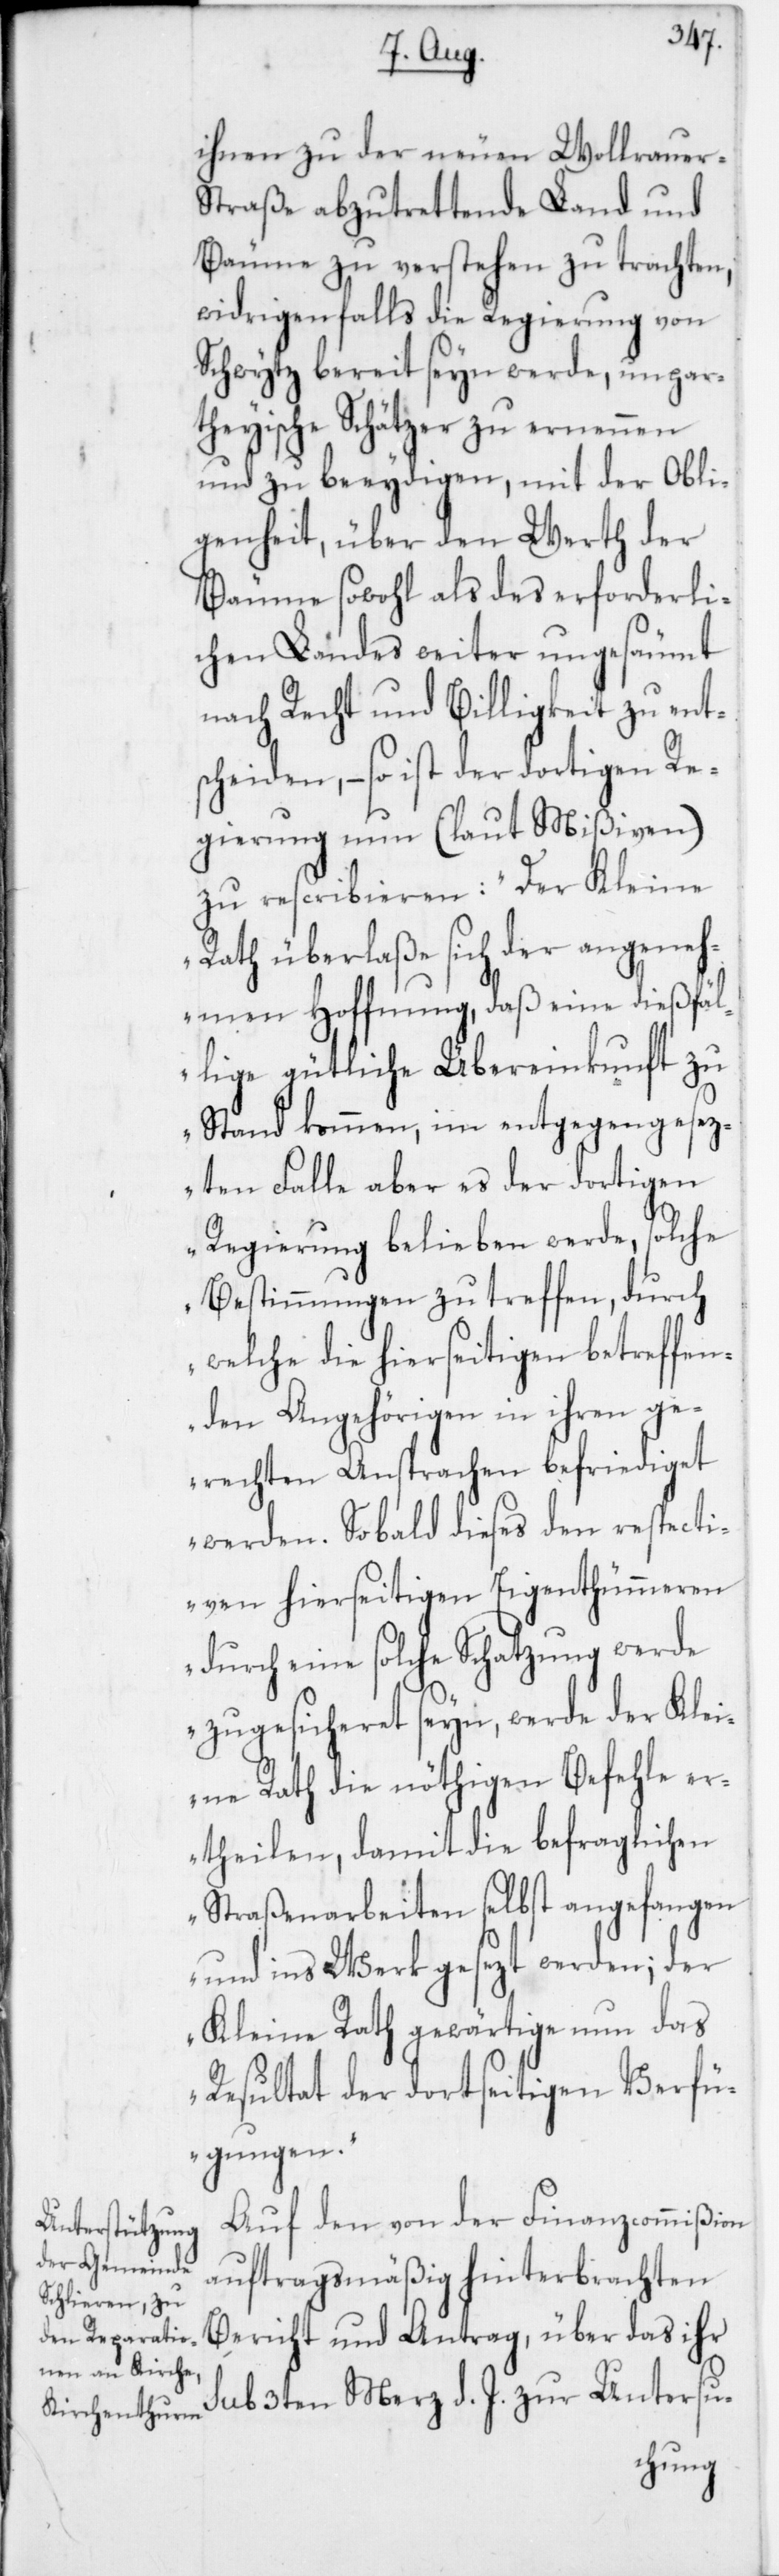
ihnen zu der neuen Wollerauer-S¬
traße abzutrettende Land und
Bäume zu verstehen zu trachten,
widrigenfalls die Regierung von
Schwytz bereit seyn werde, unpar¬
theyische Schätzer zu ernennen
und zu beeydigen, mit der Obli¬
genheit, über den Werth der
Bäume sowohl als des erforderli¬
chen Landes weiter ungesäumt
nach Recht und Billigkeit zu ent¬
scheiden, – so ist der dortigen Re¬
gierung nun (laut Mißiven)
zu rescribieren: „Der Kleine
Rath überlaße sich der angeneh¬
men Hoffnung, daß eine dießfäl¬
lige gütliche Übereinkunft zu
Stand kommen, im entgegengesez¬
ten Falle aber es der dortigen
Regierung belieben werde, solche
Bestimmungen zu treffen, durch
welche die hierseitigen betreffen¬
den Angehörigen in ihren ge¬
rechten Ansprachen befriediget
werden. Sobald dieses den respecti¬
ven hierseitigen Eigenthümmeren
durch eine solche Schatzung werde
zugesicheret seyn, werde der Klei¬
ne Rath die nöthigen Befehle er¬
theilen, damit die befraglichen
Straßenarbeiten selbst angefangen
und ins Werk gesezt werden; der
Kleine Rath gewärtige nun das
Resultat der dortseitigen Verfü¬
gungen.“
Auf den von der Finanzcommißion
auftragsmäßig hinterbrachten
Bericht und Antrag, über das ihr
sub 3ten Merz d. J. zur Untersu-